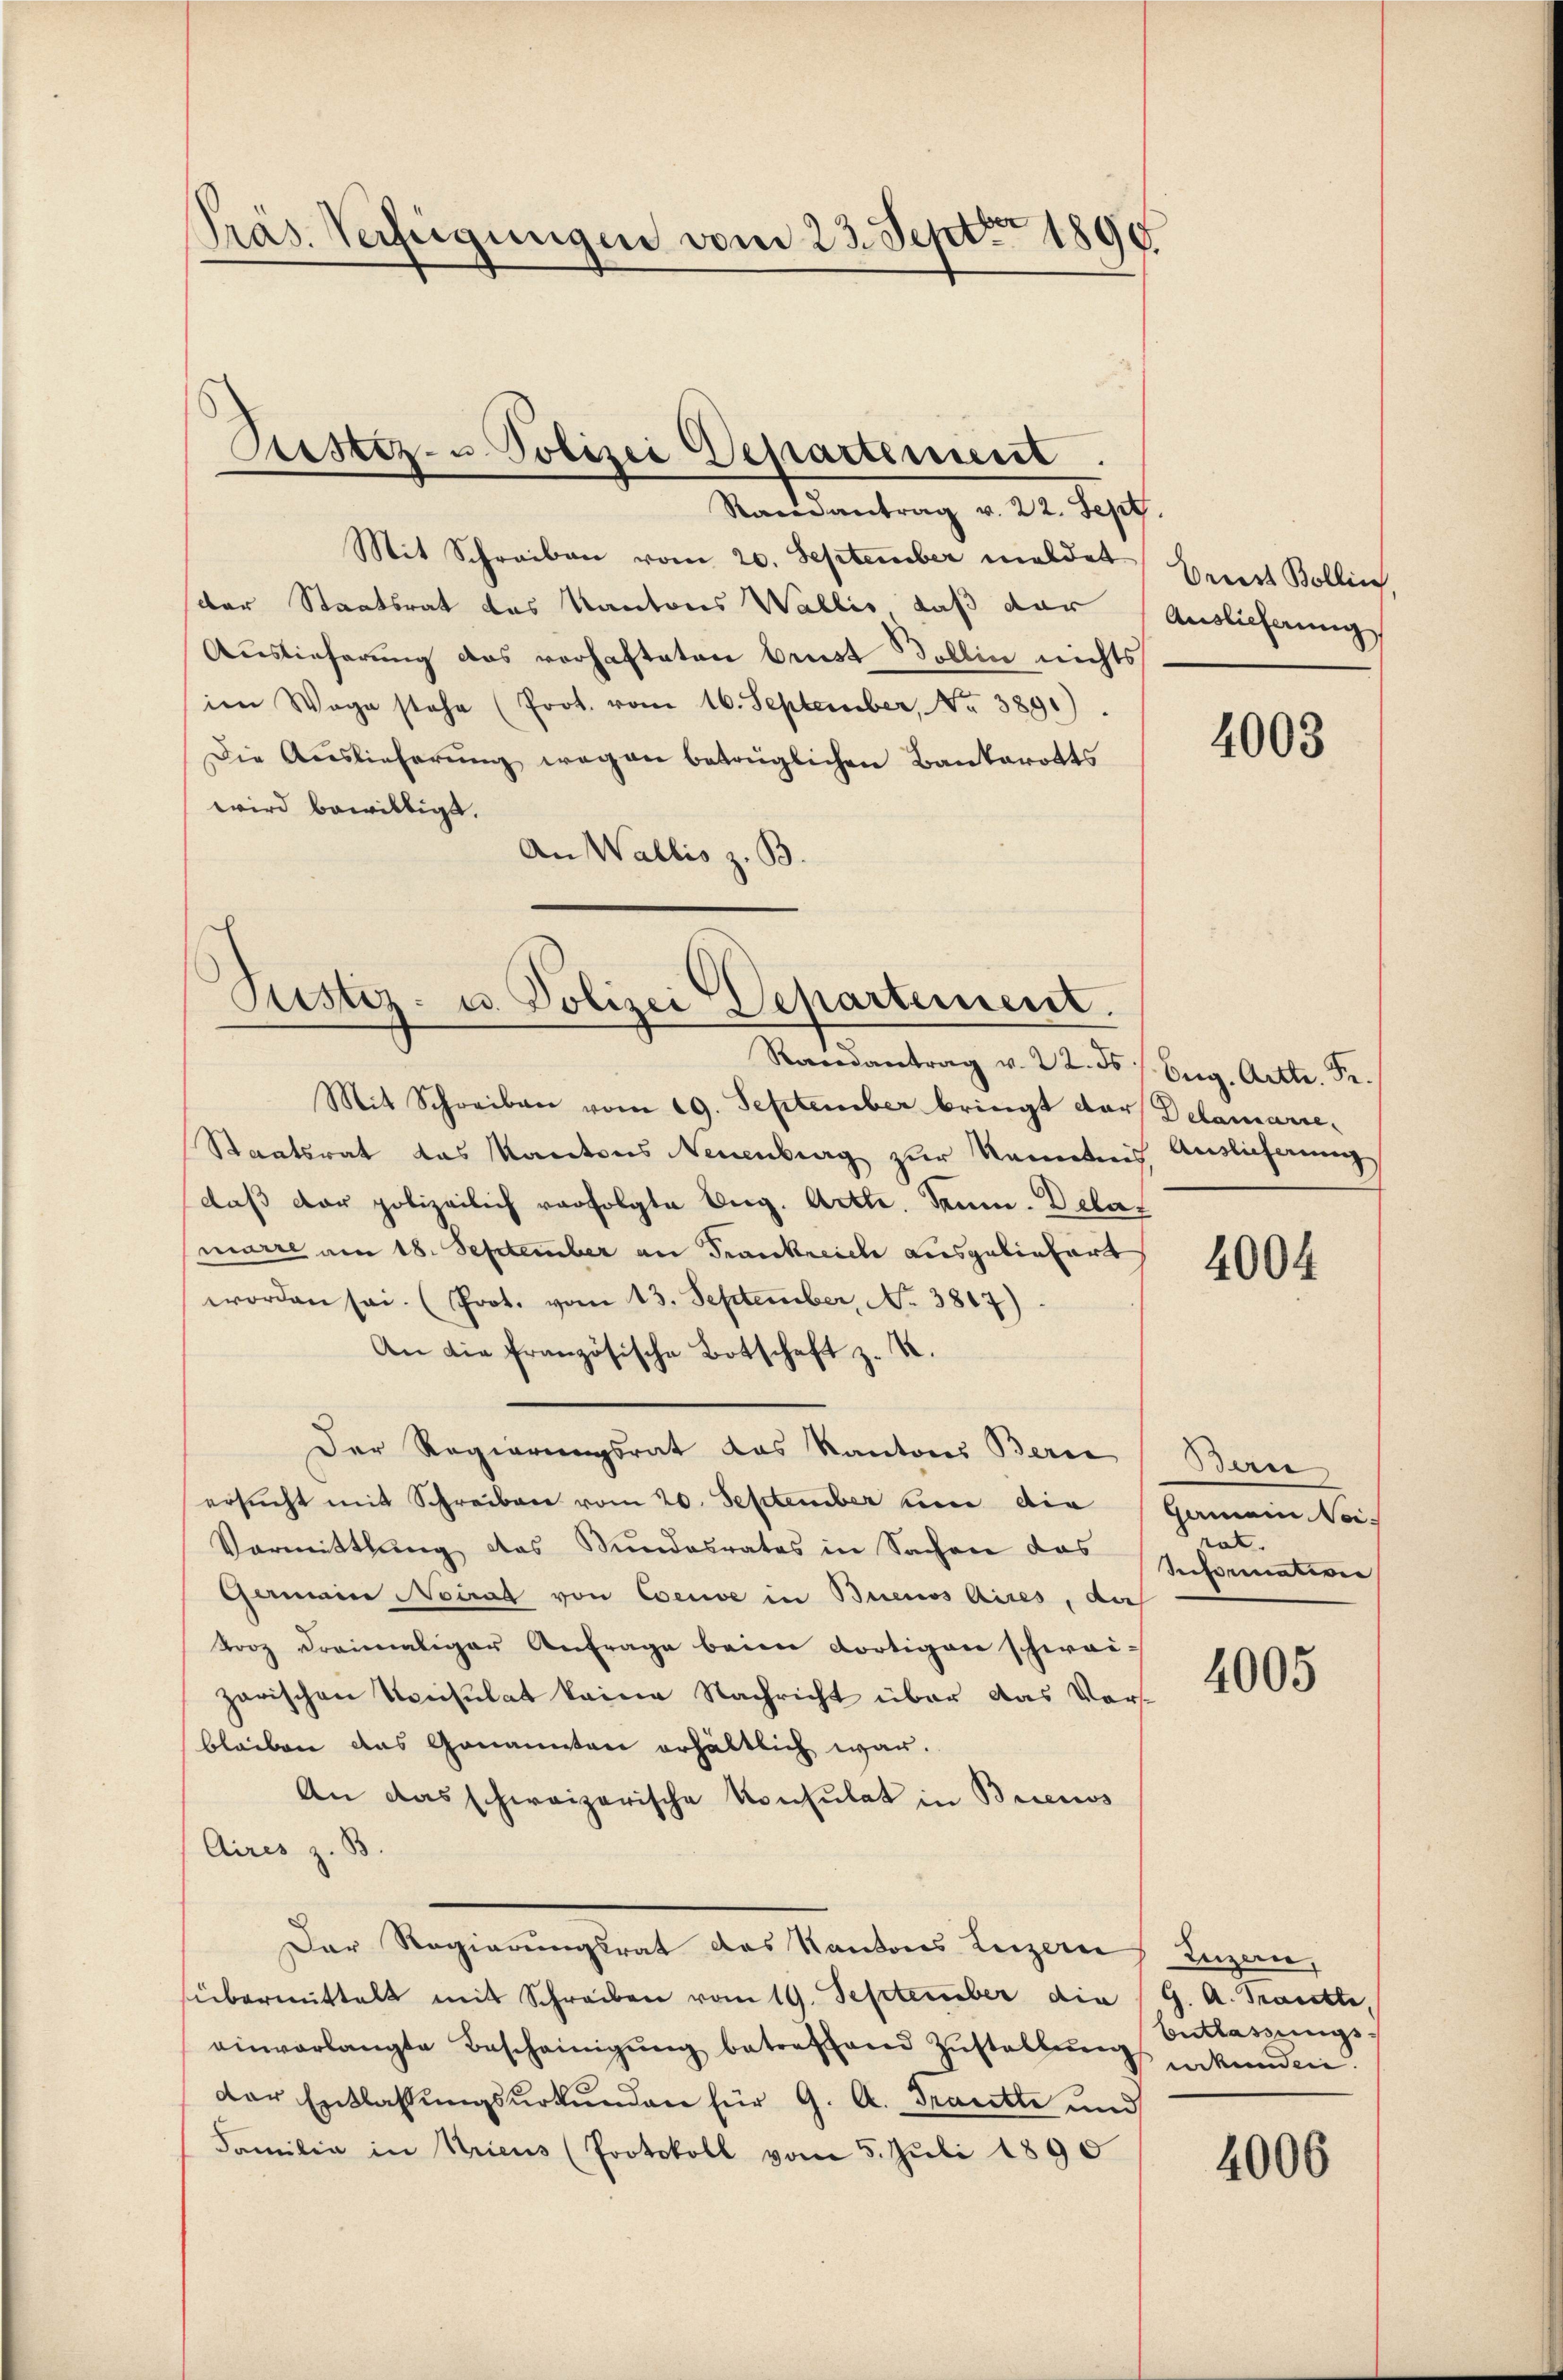
Präs. Verfügungen vom 23. Septbr 1890

Randantrag v. 22. Sept.
Mit Schreiben vom 20. September meldet Euert Bollin,
der Staatsrat des Kantons Wallis, daß dar
Auslieferung das vorhafteten Brust Bollin nichts
im Wege stehe (Prot. vom 16. September, No 389.)
Die Auslieferung wegen betrüglichen Bankarotts
wird bewilligt.
An Wallis z. B.

Prustiz- u Polizei Departement.

Pustiz- u. Polizei Departement.

Auslieferung

Randantrag v. 22. ds. 1. Aug. Art. Se.
Mit Schreiben vom 19. September bringt dar Delamarie-
Staatsrat das Kantons Neuenburg zur Kenntnis, Auslicherung
daβ der polizeilich verfolgte Aug. Artte. Damm. Delaz
marie am 18. September an Frankreich ausgeliefert
worden sei. (Prot. vom 13. September, No 3817)
An die französische Botschaft z. K.
Der Regierungsrat das Kantons Beric
ersucht mit Schreiben vom 20. September un die
Vormittlung das Stundesrates in Sachen das
Gamine Neirat von Coeuve in Buenos Aires, das
korz dreimaliger Anfrage beim dortigen schwei-
zarischen Konsulat keine Nachricht über das Vorbleiben das Genannten erhältlich war.
An das schweizerische Konsulat in Buenos
Aires z. B.
Der Regierungsrat des Kantons Luzern
übermittelt mit Schreiben vom 19. September die (G. A. Frauette,
einverlangte Bescheinigŭng betreffend Zŭstallŭng erkunden.
der Entlassungsurkunden für 9. A. Frantte und
Familie in Kricus (Protokoll vom 5. Juli 1890

4003

4004

Bern
Gemein eirat.
Reformation

4005

Luzern,
Entlassungs¬

4006